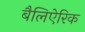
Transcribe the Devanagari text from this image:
बैलिऐरिक